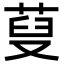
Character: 𦲪